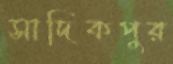
সাদিকপুর